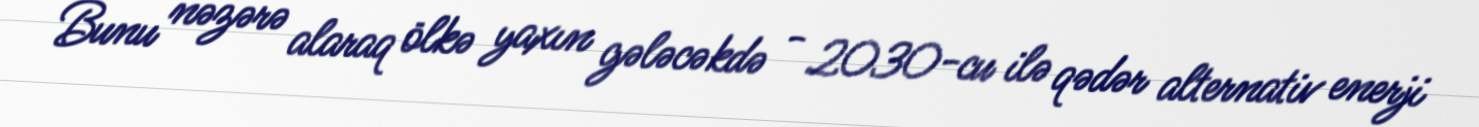
Bunu nəzərə alaraq ölkə yaxın gələcəkdə - 2030-cu ilə qədər alternativ enerji